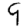
Digit: 9